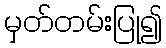
မှတ်တမ်းပြု၍